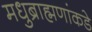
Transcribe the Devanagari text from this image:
मधुब्राह्मणांकडे